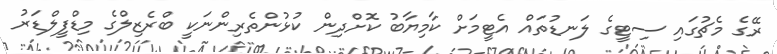
ރޭގެ މެޗުގައި ސިޓީގެ ލަނޑުތައް އެޓީމަށް ކާމިޔާބު ކޮށްދިން ކުޅުންތެރިންނަކީ ބްރެޒިލްގެ މިޑްފީލްޑަރު